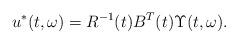
LaTeX: \begin{align*} u^*(t,\omega)=R^{-1}(t)B^T(t)\Upsilon(t,\omega).\end{align*}